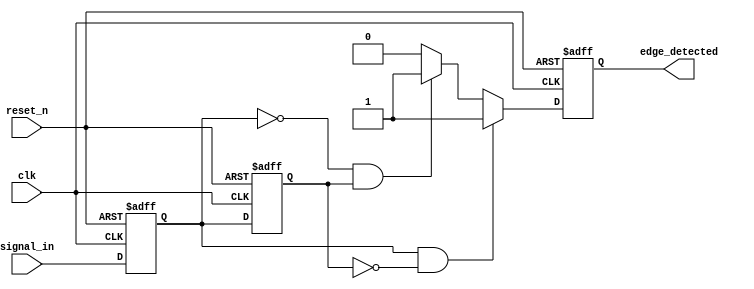
module glitch_free_edge_detector (
    input wire clk,            // Clock signal
    input wire reset_n,       // Active-low reset
    input wire signal_in,     // Input signal to be detected
    output reg edge_detected   // Output signal indicating edge detection
);

    // Memory blocks to store current and previous states
    reg signal_curr;          // Current state
    reg signal_prev;          // Previous state

    // Edge detection logic
    always @(posedge clk or negedge reset_n) begin
        if (!reset_n) begin
            // Initialize memory blocks on reset
            signal_curr <= 1'b0;
            signal_prev <= 1'b0;
            edge_detected <= 1'b0;
        end else begin
            // Store previous state
            signal_prev <= signal_curr;

            // Capture the new current state
            signal_curr <= signal_in;

            // Edge detection logic
            if (signal_curr && !signal_prev) begin
                // Rising edge detected
                edge_detected <= 1'b1;
            end else if (!signal_curr && signal_prev) begin
                // Falling edge detected
                edge_detected <= 1'b1;
            end else begin
                // No edge detected
                edge_detected <= 1'b0;
            end
        end
    end

endmodule